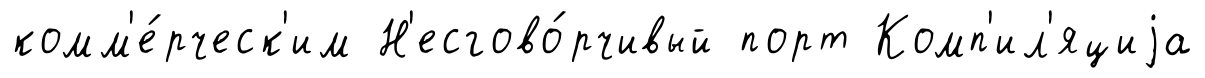
комм'е́рческ'им Н'есгово́рчивый порт Комп'ил'яциjа